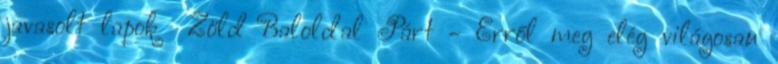
javasolt lapok Zöld Baloldal Párt - Erről meg elég világosan